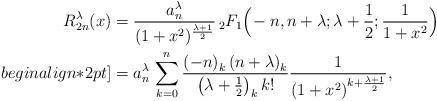
LaTeX: \begin{align*}R_{2n}^{\lambda}(x)&=\frac{a_n^\lambda}{(1+x^2)^{\frac{\lambda+1}{2}}}\,{}_{2}F_{1}\Big(\!-n,n+\lambda;\lambda+\frac{1}{2};\frac{1}{1+x^2}\Big) \\begin{align*}2pt]&=a_n^\lambda\, \sum_{k=0}^{n}\frac{\left(-n\right)_{k}\left(n+\lambda\right)_{k}}{\left(\lambda+\frac{1}{2}\right)_{k}k!}\frac{1}{\left(1+x^2\right)^{k+\frac{\lambda+1}{2}}}, \end{align*}